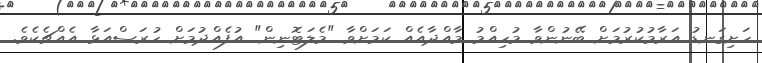
ހަށިގަނޑު އަރާމުކުރުމަށް ބޭނުންވާ މުހިއްމު މާއްދާއެއް ކަމަށްވާ "މެލަޓޮނިން" އުފެއްދުމަށް ހުރަސްއަޅާ އެއްޗެކެވެ.